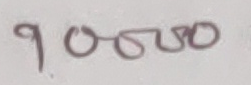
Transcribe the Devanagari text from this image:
९००००